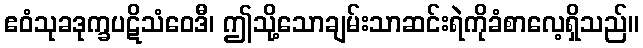
ဧဝံသုခဒုက္ခပဋိသံဝေဒီ၊ ဤသို့သောချမ်းသာဆင်းရဲကိုခံစာလေ့ရှိသည်။